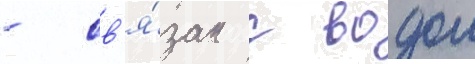
- св'я́зан с водои